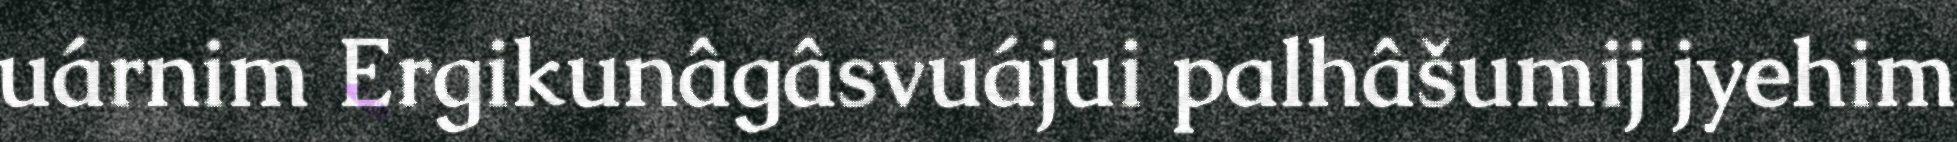
uárnim Ergikunâgâsvuájui palhâšumij jyehim